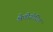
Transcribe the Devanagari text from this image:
श्रेणीयोजित